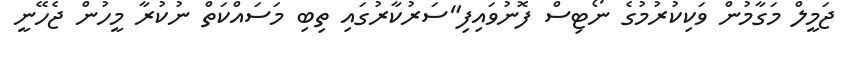
ޖަމީލް މަގާމުން ވަކިކުރުމުގެ ނޯޓިސް ފޮނުވައިފި"ސަރުކާރުގައި ތިބި މަސައްކަތް ނުކުރާ މީހުން ޖެހޭނީ